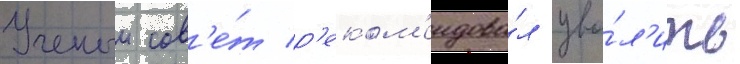
Ученыи сов'е́т р'еком'ендова́л уво́л'ить